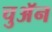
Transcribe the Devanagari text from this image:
चुअॅन